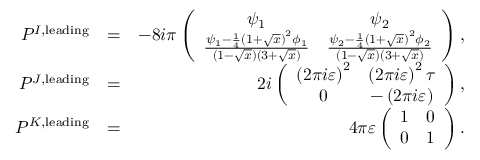
\begin{array} { r l r } { P ^ { I , \mathrm { l e a d i n g } } } & { = } & { - 8 i \pi \left( \begin{array} { c c } { \psi _ { 1 } } & { \psi _ { 2 } } \\ { \frac { \psi _ { 1 } - \frac { 1 } { 4 } \left( 1 + \sqrt { x } \right) ^ { 2 } \phi _ { 1 } } { \left( 1 - \sqrt { x } \right) \left( 3 + \sqrt { x } \right) } } & { \frac { \psi _ { 2 } - \frac { 1 } { 4 } \left( 1 + \sqrt { x } \right) ^ { 2 } \phi _ { 2 } } { \left( 1 - \sqrt { x } \right) \left( 3 + \sqrt { x } \right) } } \end{array} \right) , } \\ { P ^ { J , \mathrm { l e a d i n g } } } & { = } & { 2 i \left( \begin{array} { c c } { \left( 2 \pi i \varepsilon \right) ^ { 2 } } & { \left( 2 \pi i \varepsilon \right) ^ { 2 } \tau } \\ { 0 } & { - \left( 2 \pi i \varepsilon \right) } \end{array} \right) , } \\ { P ^ { K , \mathrm { l e a d i n g } } } & { = } & { 4 \pi \varepsilon \left( \begin{array} { r r } { 1 } & { 0 } \\ { 0 } & { 1 } \end{array} \right) . } \end{array}